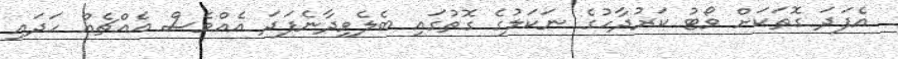
އެފަދަ ގޮތަކަށް ވޯޓު ކަރުދާހުގެ ނަކަލުގެ ގޮތުގައި ބެލެވިދާނެފަދަ އެއްވެސް އެއްޗެއް ހަދައި